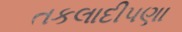
તકલાદીપણા